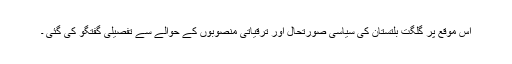
اس موقع پر گلگت بلتستان کی سیاسی صورتحال اور ترقیاتی منصوبوں کے حوالے سے تفصیلی گفتگو کی گئی ۔